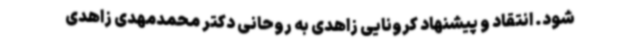
شود. انتقاد و پیشنهاد کرونایی زاهدی به روحانی دکتر محمدمهدی زاهدی